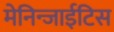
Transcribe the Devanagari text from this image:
मेनिन्जाईटिस